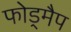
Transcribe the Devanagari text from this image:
फोड्मैप